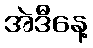
အဲဒီနေ့